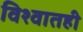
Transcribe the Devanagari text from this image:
विश्वातही